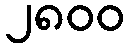
၂၈၀၀